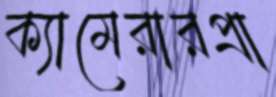
ক্যামেরারপ্রা